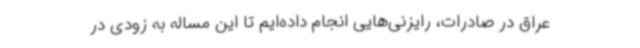
عراق در صادرات، رایزنی‌هایی انجام داده‌ایم تا این مساله به زودی در